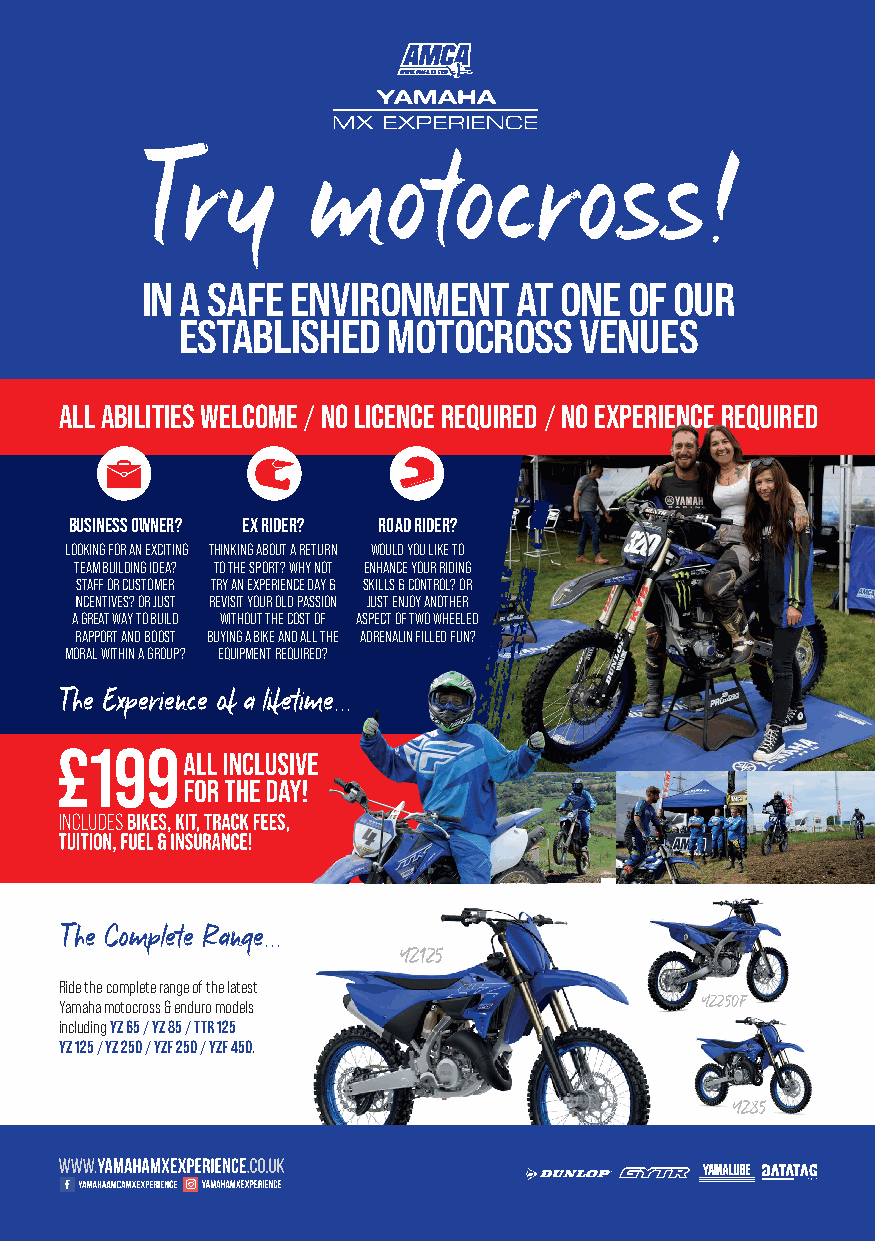
Try        motocross!
 IN A SAFE ENVIRONMENT    AT ONE  OF OUR
 ESTABLISHED   MOTOCROSS   VENUES
 ALL ABILITIES WELCOME / NO LICENCE REQUIRED / NO EXPERIENCE REQUIRED
 BUSINESS OWNER? EX RIDER? ROAD RIDER?
 LOOKING FOR AN EXCITING THINKING ABOUT A RETURN WOULD YOU LIKE TO
 TEAM BUILDING IDEA? TO THE SPORT? WHY NOT ENHANCE YOUR RIDING
 STAFF OR CUSTOMER TRY AN EXPERIENCE DAY & SKILLS & CONTROL? OR
 INCENTIVES? OR JUST REVISIT YOUR OLD PASSION JUST ENJOY ANOTHER
 A GREAT WAY TO BUILD WITHOUT THE COST OF ASPECT OF TWO WHEELED
 RAPPORT AND BOOST BUYING A BIKE AND ALL THE ADRENALIN FILLED FUN?
 MORAL WITHIN A GROUP? EQUIPMENT REQUIRED?
 The Experience of a lifetime...
 The Complete Range...
 YZ125
 Ride the complete range of the latest
 Yamaha motocross & enduro models          YZ250F
 including YZ 65 / YZ 85 / TTR 125
 YZ 125 / YZ 250 / YZF 250 / YZF 450.
 YZ85